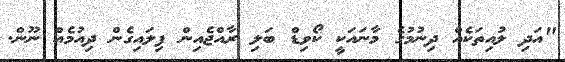
"އަދި ލުއިތަކެއް ދިނުމުގެ މާނައަކީ ކޯވިޑް ބަލި ރާއްޖެއިން ފިލައިގެން ދިއުމެއް ނޫން.